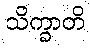
သိက္ခာတိ